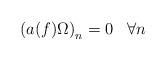
LaTeX: \begin{align*}\left( a(f)\Omega \right) _{n}=0\;\;\;\forall n\end{align*}